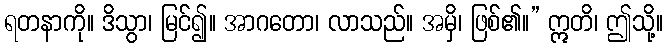
ရတနာကို။ ဒိသွာ၊ မြင်၍။ အာဂတော၊ လာသည်။ အမှိ၊ ဖြစ်၏။” ဣတိ၊ ဤသို့။